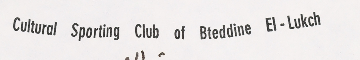
Cultural Sporting Club of Bteddine El-Lukch